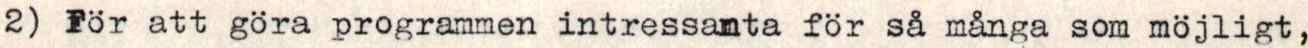
2) För att göra programmen intressamta för så många som möjligt,